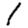
Digit: 1